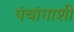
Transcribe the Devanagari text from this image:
पंचांगाशी